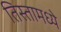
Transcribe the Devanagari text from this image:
तिस्तामध्ये